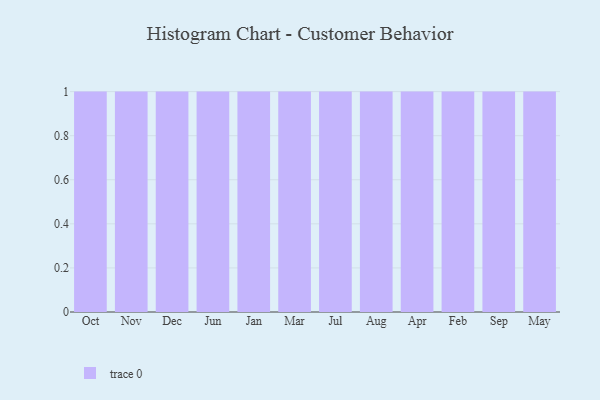
{"axis": {"x": "Month", "y": "Gross Profit (USD K)"}, "legend": [""], "data": [{"x": "Oct", "y": 36, "type": ""}, {"x": "Nov", "y": 88, "type": ""}, {"x": "Dec", "y": 34, "type": ""}, {"x": "Jun", "y": 45, "type": ""}, {"x": "Jan", "y": 52, "type": ""}, {"x": "Mar", "y": 58, "type": ""}, {"x": "Jul", "y": 65, "type": ""}, {"x": "Aug", "y": 38, "type": ""}, {"x": "Apr", "y": 25, "type": ""}, {"x": "Feb", "y": 54, "type": ""}, {"x": "Sep", "y": 13, "type": ""}, {"x": "May", "y": 33, "type": ""}]}